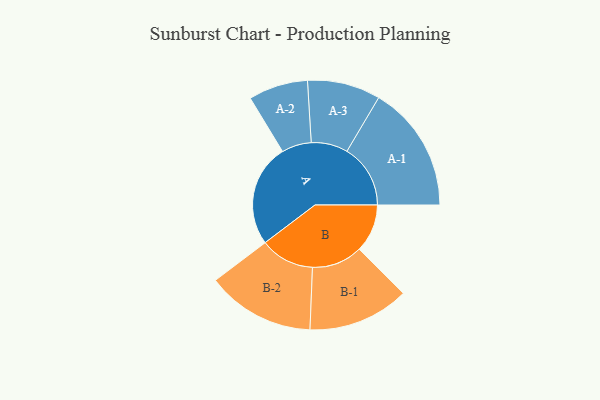
{"axis": {"x": "Segment", "y": "Value"}, "legend": ["", "A", "B"], "data": [{"x": "A", "y": 407, "type": ""}, {"x": "B", "y": 191, "type": ""}, {"x": "A-1", "y": 252, "type": "A"}, {"x": "A-2", "y": 118, "type": "A"}, {"x": "A-3", "y": 145, "type": "A"}, {"x": "B-1", "y": 201, "type": "B"}, {"x": "B-2", "y": 215, "type": "B"}]}